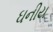
ઘનીય